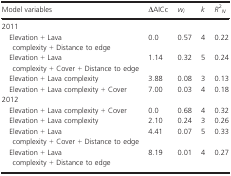
| Model variables | ΔAICc | wi | k | R2N |
 | --- | --- | --- | --- | --- |
 | <COLSPAN=5> 2011 |
 | Elevation + Lava complexity + Distance to edge | 0.0 | 0.57 | 4 | 0.22 |
 | Elevation + Lava complexity + Cover + Distance to edge | 1.14 | 0.32 | 5 | 0.24 |
 | Elevation + Lava complexity | 3.88 | 0.08 | 3 | 0.13 |
 | Elevation + Lava complexity + Cover | 7.00 | 0.03 | 4 | 0.18 |
 | <COLSPAN=5> 2012 |
 | Elevation + Lava complexity + Cover | 0.0 | 0.68 | 4 | 0.32 |
 | Elevation + Lava complexity | 2.10 | 0.24 | 3 | 0.26 |
 | Elevation + Lava complexity + Cover + Distance to edge | 4.41 | 0.07 | 5 | 0.33 |
 | Elevation + Lava complexity + Distance to edge | 8.19 | 0.01 | 4 | 0.27 |